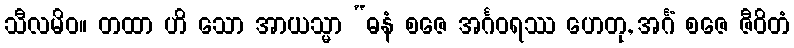
သီလမိဝ။ တထာ ဟိ သော အာယသ္မာ “ဓနံ စဇေ အင်္ဂဝရဿ ဟေတု, အင်္ဂံ စဇေ ဇီဝိတံ